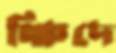
ক্ষিদে